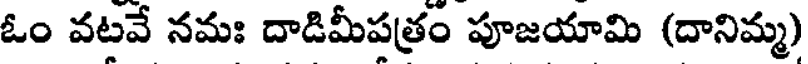
ఓం వటవే నమః దాడిమీపత్రం పూజయామి (దానిమ్మ)